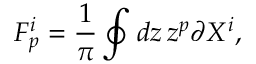
F _ { p } ^ { i } = { \frac { 1 } { \pi } } \oint d z \, z ^ { p } \partial X ^ { i } ,